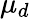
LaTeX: \mu_{d}